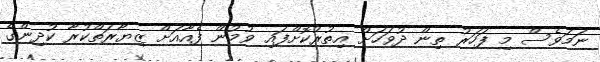
ނަމަވެސް މި ފަހަރު ތިން ދުވަހަށް އިތުރުކޮށްފައި ވުމުން ފެއާއަށް ޒިޔާރަތްކުރާ ކުދިންގެ